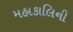
મહાકાલિની